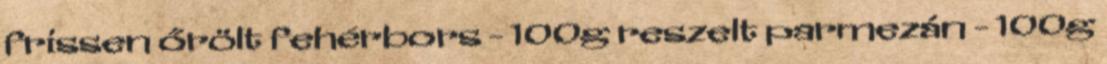
frissen őrölt fehérbors - 100g reszelt parmezán - 100g